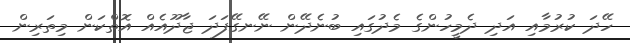
ހޭދަ ކުރުމާއި އަދި ދެމީހުންގެ މެދުގައި ބުނެދޭން ނޭނގޭފަދަ ޖާދޫއެއް އޮތްކަން މިތަރިން